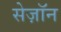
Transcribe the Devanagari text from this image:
सेज़ॉन